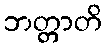
ဘတ္တာတိ